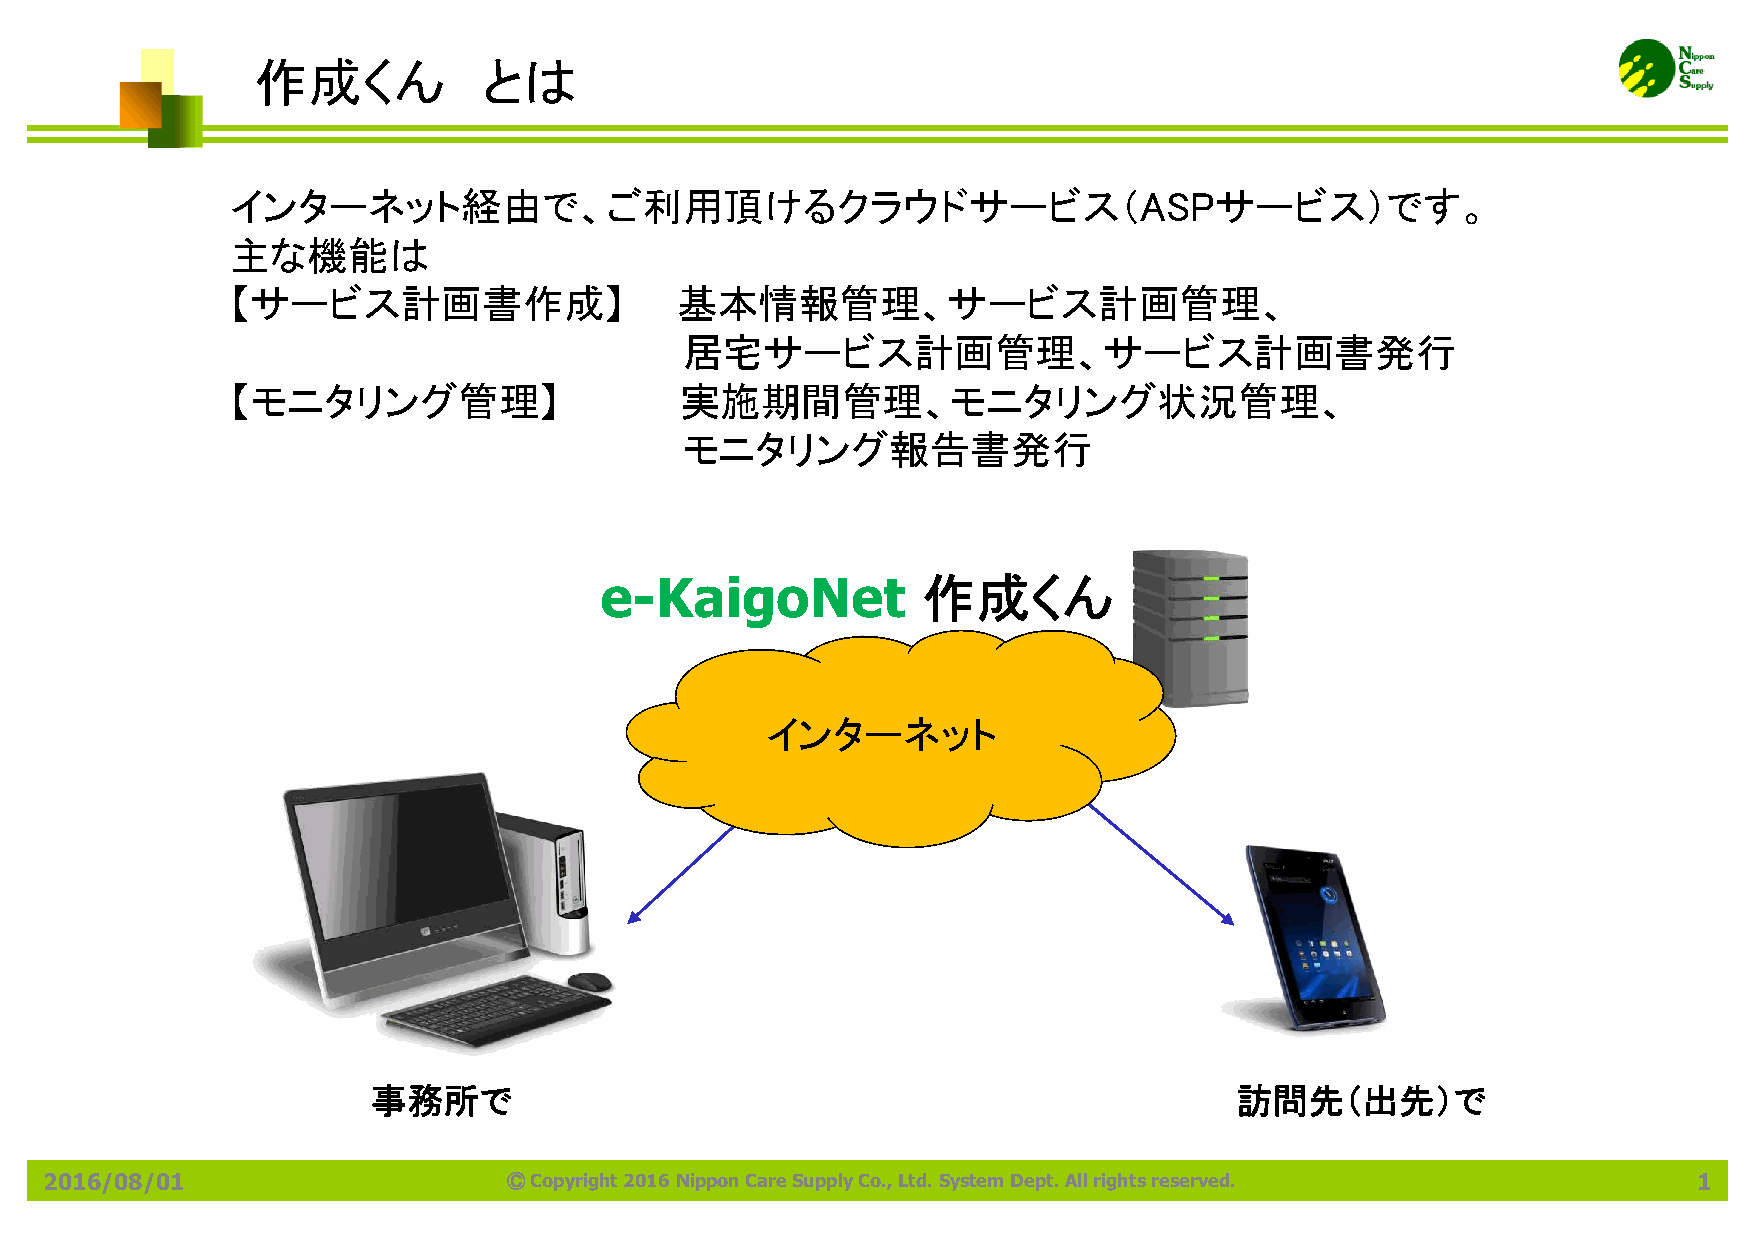
作成くん           とは
 インターネット経由で、ご利用頂けるクラウドサービス（ASPサービス）です。
 主な機能は
 【サービス計画書作成】                   基本情報管理、サービス計画管理、
 居宅サービス計画管理、サービス計画書発行
 【モニタリング管理】                    実施期間管理、モニタリング状況管理、
 モニタリング報告書発行
 e-KaigoNet           作成くん
 インターネット
 事務所で                                                     訪問先（出先）で
 2016/08/01                     ⒸCopyright 2016 Nippon Care Supply Co., Ltd. System Dept. All rights reserved. 1